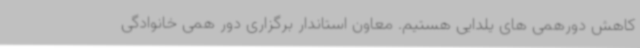
کاهش دورهمی های یلدایی هستیم. معاون استاندار برگزاری دور همی خانوادگی